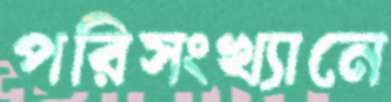
পরিসংখ্যানে